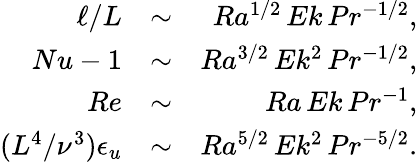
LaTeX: \begin{array}{rlr}{\ell/L}&{\sim}&{Ra^{1/2}\, Ek\, Pr^{-1/2},}\\ {Nu-1}&{\sim}&{Ra^{3/2}\, Ek^{2}\, Pr^{-1/2},}\\ {Re}&{\sim}&{Ra\, Ek\, Pr^{-1},}\\ {(L^{4}/\nu^{3})\epsilon_{u}}&{\sim}&{Ra^{5/2}\, Ek^{2}\, Pr^{-5/2}.}\end{array}